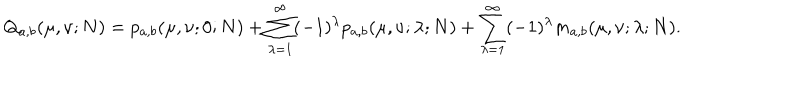
Q _ { a , b } ( \mu , \nu ; N ) = p _ { a , b } ( \mu , \nu ; 0 ; N ) + \sum _ { \lambda = 1 } ^ { \infty } ( - 1 ) ^ { \lambda } p _ { a , b } ( \mu , \nu ; \lambda ; N ) + \sum _ { \lambda = 1 } ^ { \infty } ( - 1 ) ^ { \lambda } m _ { a , b } ( \mu , \nu ; \lambda ; N ) .